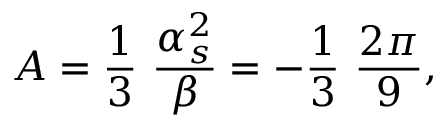
A = { \frac { 1 } { 3 } } ~ { \frac { \alpha _ { s } ^ { 2 } } { \beta } } = - { \frac { 1 } { 3 } } ~ { \frac { 2 \pi } { 9 } } ,